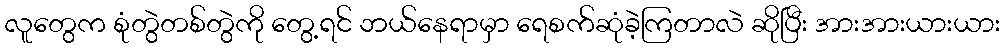
လူတွေက စုံတွဲတစ်တွဲကို တွေ့ရင် ဘယ်နေရာမှာ ရေစက်ဆုံခဲ့ကြတာလဲ ဆိုပြီး အားအားယားယား